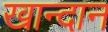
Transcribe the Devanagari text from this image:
खान्दान